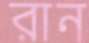
রান